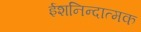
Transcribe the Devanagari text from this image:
ईशनिन्दात्मक